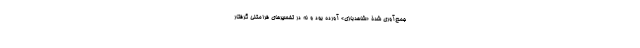
جمع‌آوری شدۀ «شاهد‌بازی» آورده بود و نه در تفسیرهای فرامتنی گرفتار